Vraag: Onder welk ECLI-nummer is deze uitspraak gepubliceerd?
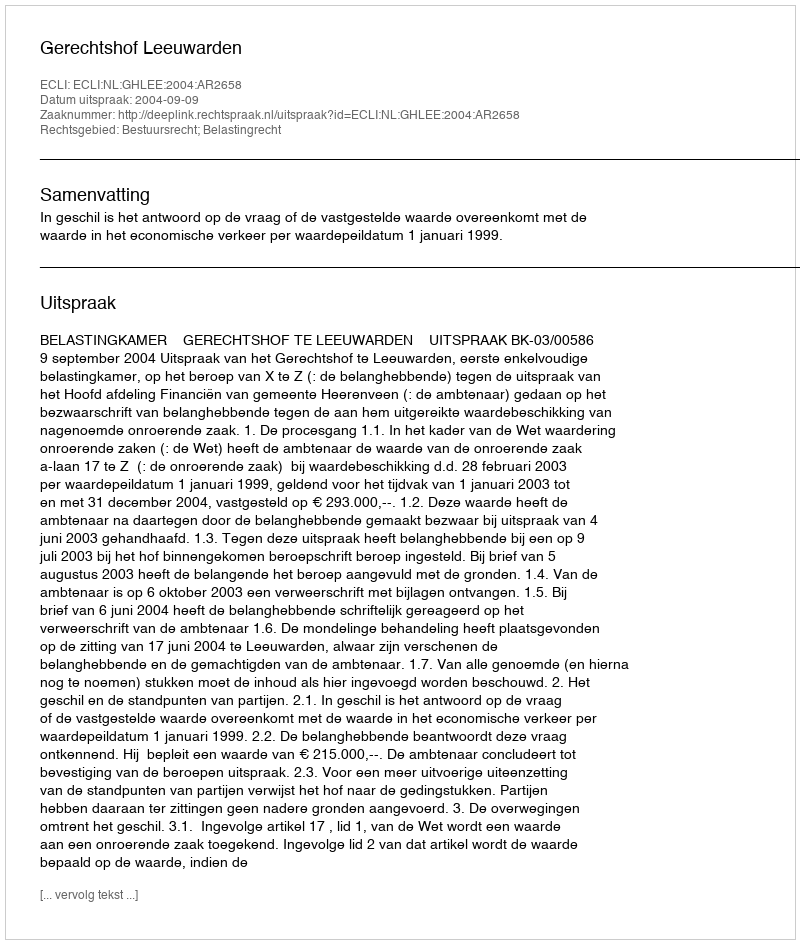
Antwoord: ECLI:NL:GHLEE:2004:AR2658